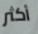
أكثر